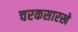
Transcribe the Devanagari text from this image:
चरकसारखे